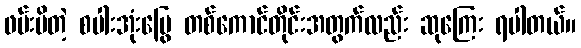
ဖမ်းမိတဲ့ စပါးအုံးမြွေ တစ်ကောင်တိုင်းအတွက်လည်း ဆုကြေး ရပါတယ်။